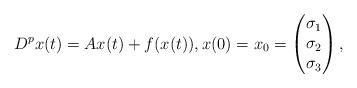
LaTeX: \begin{align*} D^p x(t) = A x(t) + f(x(t)), x(0) = x_0 = \begin{pmatrix} \sigma_1 \\ \sigma_2 \\ \sigma_3 \end{pmatrix}, \end{align*}